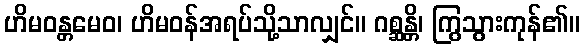
ဟိမဝန္တမေဝ၊ ဟိမဝန်အရပ်သို့သာလျှင်။ ဂစ္ဆန္တိ၊ ကြွသွားကုန်၏။